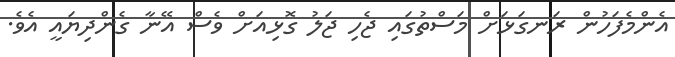
އެންމެފަހުން ރަނގަޅަށް މަސްތުގައި ޖެހި ޖަލު ގޮޅިއަށް ވެސް އޭނާ ގެންދިޔައީ އެވެ.